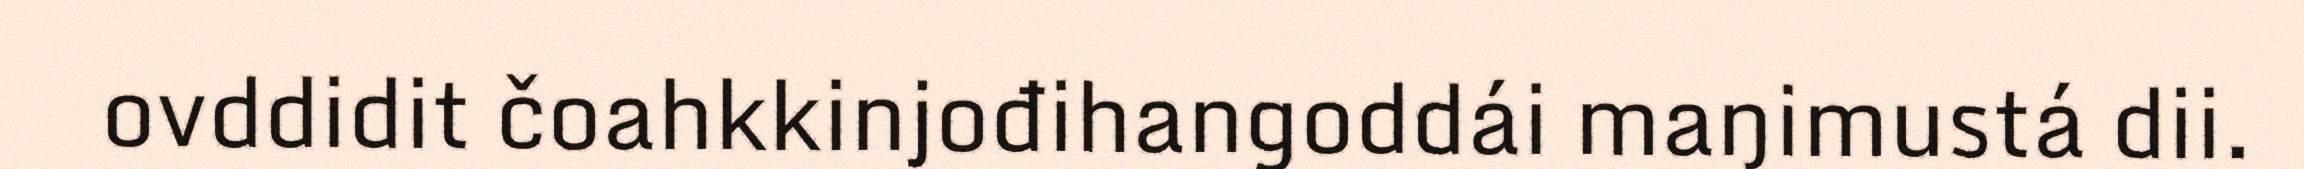
ovddidit čoahkkinjođihangoddái maŋimustá dii.